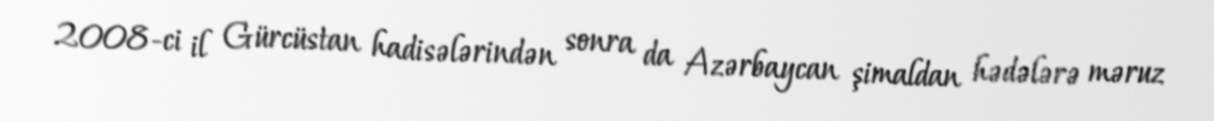
2008-ci il Gürcüstan hadisələrindən sonra da Azərbaycan şimaldan hədələrə məruz